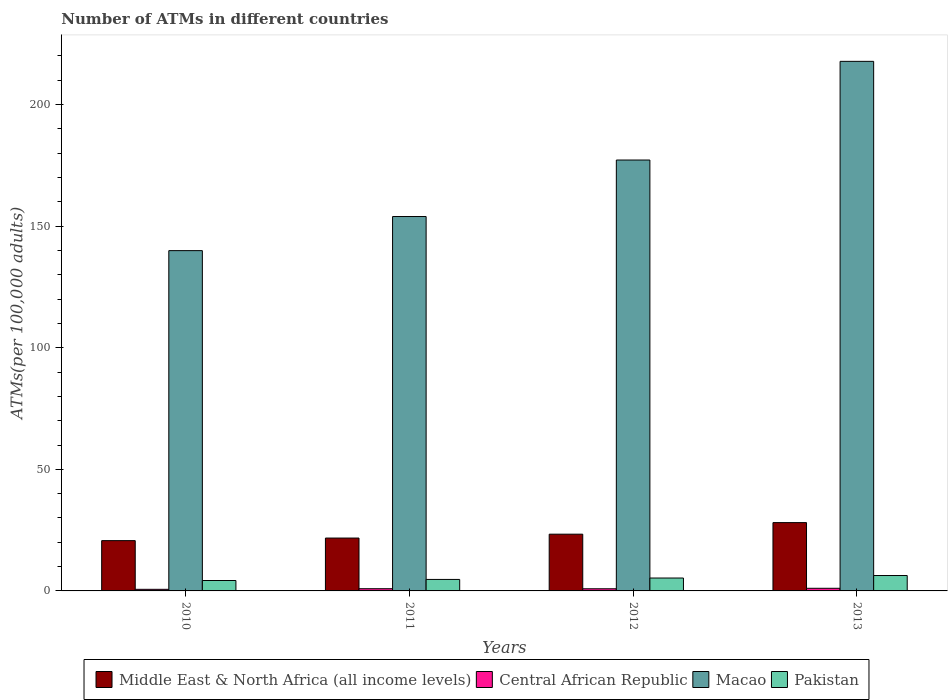
| Years | Middle East & North Africa (all income levels) | Central African Republic | Macao | Pakistan |
 | --- | --- | --- | --- | --- |
 | 2010 | 20.7 | 0.658 | 140 | 4.28 |
 | 2011 | 21.7 | 0.907 | 154 | 4.73 |
 | 2012 | 23.3 | 0.885 | 177 | 5.31 |
 | 2013 | 28.1 | 1.08 | 218 | 6.33 |